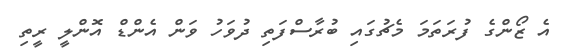
އެ ޒޯންގެ ފުރަަތަމަ މެޗުގައި ބުރާސްފަތި ދުވަހު ވަން އެންޑް އޮންލީ ރީތި